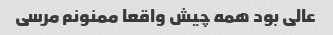
عالی بود همه چیش واقعا ممنونم مرسی